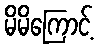
မိမိကြောင့်